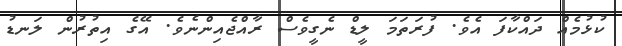
ކުޅުމެއް ދައްކާފަ އެވެ. ފުރަތަމަ ލީޑް ނެގީވެސް ރާއްޖެއިންނެވެ. އޭގެ އިތުރުން ލަނޑު